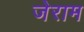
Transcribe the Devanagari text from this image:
जेराम